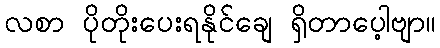
လစာ ပိုတိုးပေးရနိုင်ချေ ရှိတာပေ့ါဗျာ။